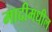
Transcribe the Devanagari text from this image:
मादीमधील